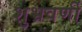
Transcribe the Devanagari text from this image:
शुभ्रवर्णी